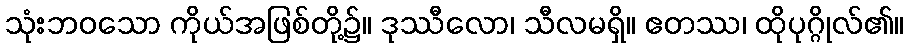
သုံးဘဝသော ကိုယ်အဖြစ်တို့၌။ ဒုဿီလော၊ သီလမရှိ။ ဧတဿ၊ ထိုပုဂ္ဂိုလ်၏။